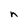
Character: n